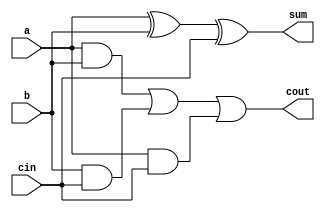
// design: describes the behaviour of system
// methodology: data flow modelling
module fulladder1(output sum, cout, input a, b, cin);
  
  assign sum=a ^ b ^ cin;
  assign cout=(a & b) | (b & cin) | (a & cin);

endmodule


// 4 bit full adder using 1 bit adder
module fulladder4(sum, cout, a, b, cin);
  
  input [3:0] a, b;
  output [3:0] sum;
  input cin;
  output cout;
  
  wire w1, w2, w3;
  
  fulladder1 L0(sum[0], w1, a[0], b[0], cin);
  fulladder1 L1(sum[1], w2, a[1], b[1], w1);
  fulladder1 L2(sum[2], w3, a[2], b[2], w2);
  fulladder1 L3(sum[3], cout, a[3], b[3], w3);
  
endmodule

// testbench: to check if the design codes are correct

module fulladder4_tb();
  
  wire cout;
  wire [3:0] sum;

  reg [3:0] a, b;
  reg cin;
  
fulladder4 m1 (sum, cout, a, b, cin);

 initial begin

	$dumpfile("dump.vcd");
    
   $dumpvars(1);

	    a=2; b=3; cin=0;
	#20 a=5; b=3;
	#20 a=4; b=10;
	#20 a=7; b=8;
	#20 $stop;

 end
endmodule